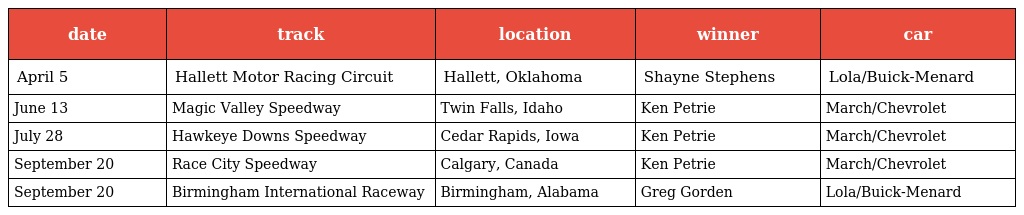
| date | track | location | winner | car |
 | --- | --- | --- | --- | --- |
 | April 5 | Hallett Motor Racing Circuit | Hallett, Oklahoma | Shayne Stephens | Lola/Buick-Menard |
 | June 13 | Magic Valley Speedway | Twin Falls, Idaho | Ken Petrie | March/Chevrolet |
 | July 28 | Hawkeye Downs Speedway | Cedar Rapids, Iowa | Ken Petrie | March/Chevrolet |
 | September 20 | Race City Speedway | Calgary, Canada | Ken Petrie | March/Chevrolet |
 | September 20 | Birmingham International Raceway | Birmingham, Alabama | Greg Gorden | Lola/Buick-Menard |